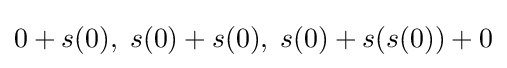
0+s(0),\;s(0)+s(0),\;s(0)+s(s(0))+0